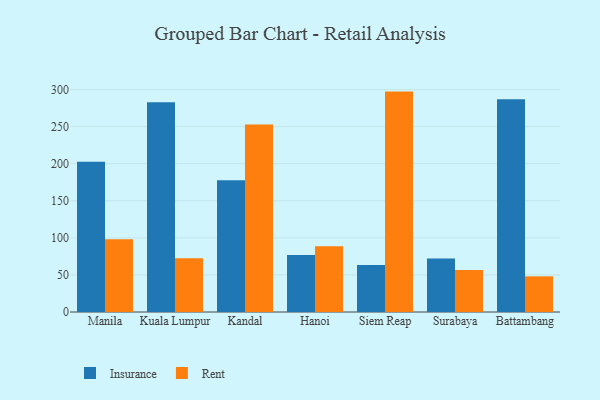
{"axis": {"x": "City", "y": "Humidity (%)"}, "legend": ["Insurance", "Rent"], "data": [{"x": "Manila", "y": 202.7, "type": "Insurance"}, {"x": "Manila", "y": 98.2, "type": "Rent"}, {"x": "Kuala Lumpur", "y": 283.0, "type": "Insurance"}, {"x": "Kuala Lumpur", "y": 72.4, "type": "Rent"}, {"x": "Kandal", "y": 177.5, "type": "Insurance"}, {"x": "Kandal", "y": 252.7, "type": "Rent"}, {"x": "Hanoi", "y": 76.9, "type": "Insurance"}, {"x": "Hanoi", "y": 88.8, "type": "Rent"}, {"x": "Siem Reap", "y": 63.3, "type": "Insurance"}, {"x": "Siem Reap", "y": 297.2, "type": "Rent"}, {"x": "Surabaya", "y": 72.3, "type": "Insurance"}, {"x": "Surabaya", "y": 56.8, "type": "Rent"}, {"x": "Battambang", "y": 287.0, "type": "Insurance"}, {"x": "Battambang", "y": 48.1, "type": "Rent"}]}